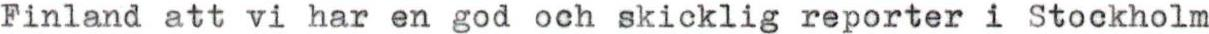
Finland att vi har en god och skicklig reporter i Stockholm